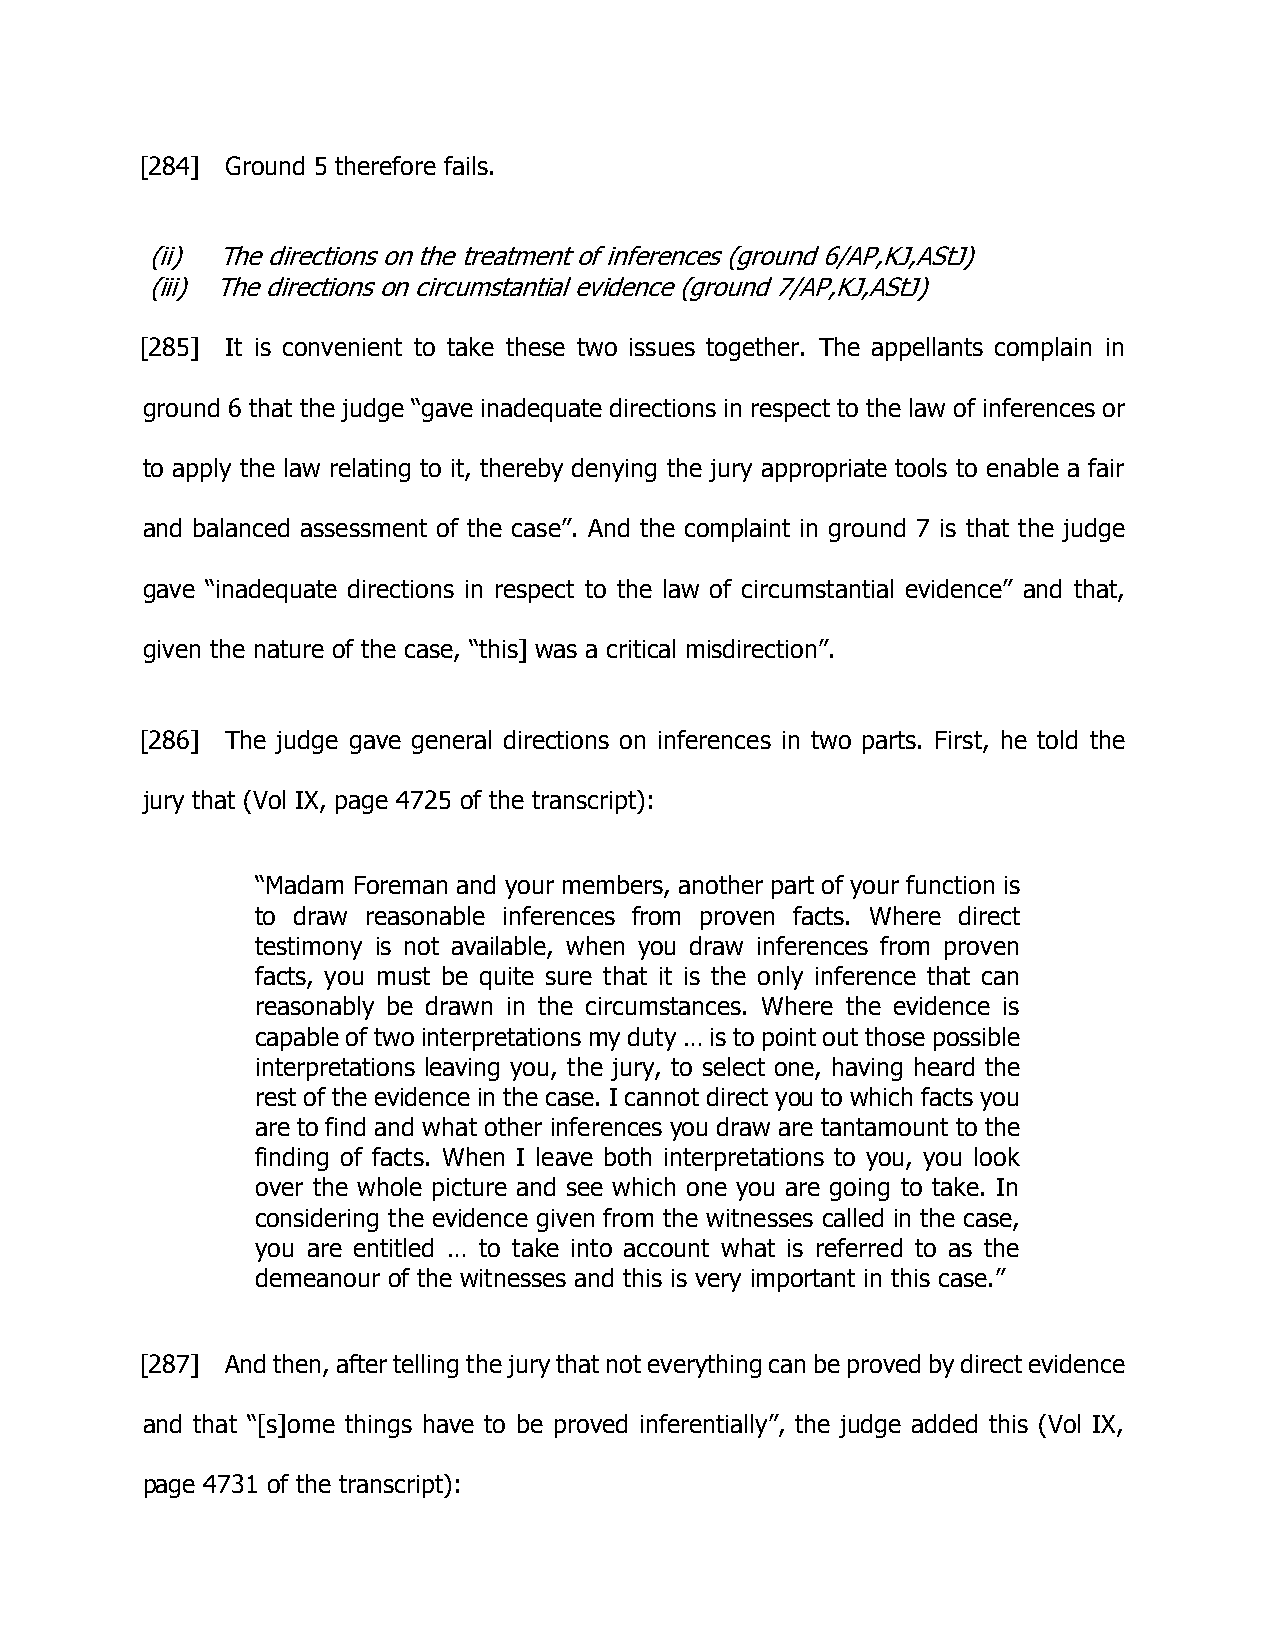
[284] Ground 5 therefore fails.
 (ii) The directions on the treatment of inferences (ground 6/AP,KJ,AStJ)
 (iii) The directions on circumstantial evidence (ground 7/AP,KJ,AStJ)
 [285] It is convenient to take these two issues together. The appellants complain in
 ground 6 that the judge “gave inadequate directions in respect to the law of inferences or
 to apply the law relating to it, thereby denying the jury appropriate tools to enable a fair
 and balanced assessment of the case”. And the complaint in ground 7 is that the judge
 gave “inadequate directions in respect to the law of circumstantial evidence” and that,
 given the nature of the case, “this] was a critical misdirection”.
 [286] The judge gave general directions on inferences in two parts. First, he told the
 jury that (Vol IX, page 4725 of the transcript):
 “Madam Foreman and your members, another part of your function is
 to draw reasonable inferences from proven facts. Where direct
 testimony is not available, when you draw inferences from proven
 facts, you must be quite sure that it is the only inference that can
 reasonably be drawn in the circumstances. Where the evidence is
 capable of two interpretations my duty … is to point out those possible
 interpretations leaving you, the jury, to select one, having heard the
 rest of the evidence in the case. I cannot direct you to which facts you
 are to find and what other inferences you draw are tantamount to the
 finding of facts. When I leave both interpretations to you, you look
 over the whole picture and see which one you are going to take. In
 considering the evidence given from the witnesses called in the case,
 you are entitled … to take into account what is referred to as the
 demeanour of the witnesses and this is very important in this case.”
 [287] And then, after telling the jury that not everything can be proved by direct evidence
 and that “[s]ome things have to be proved inferentially”, the judge added this (Vol IX,
 page 4731 of the transcript):